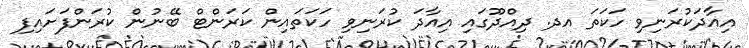
އިއާދަކުރަނިވި ހަކަތަ އދ. ދިއްދޫގައި އިއާދަ ކުރަނިވި ހަކަތައިން ކަރަންޓް ބޭނުން ކުރަންފަށައިފި